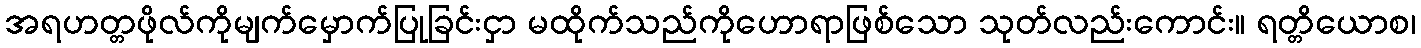
အရဟတ္တဖိုလ်ကိုမျက်မှောက်ပြုခြင်းငှာ မထိုက်သည်ကိုဟောရာဖြစ်သော သုတ်လည်းကောင်း။ ရတ္တိယောစ၊